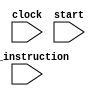
`timescale 1ns / 1ps
module CPU (clock,start,in_instruction);
    input wire clock;
    input wire start;
    input [319:0] in_instruction;

    reg [31:0]gr[31:0];
    reg [32:0]PC = 32'h0000_0000;
    reg [7:0] instruction_memory[1023:0];
    reg [7:0] data_memory[1023:0];

    reg [31:0]instruction;

    reg [5:0]opcode;
    reg [5:0]functcode;

    reg Regdst;
    reg RegWrite;
    reg ALUgate;
    reg ALUSrc;
    reg MemRead;
    reg MemWrite;
    reg MemtoReg;
    reg PC_Control=1'b1;

    reg[31:0] ALU_reg1;
    reg[31:0] ALU_reg2;
    reg[31:0] ALU_result;

    reg[31:0] address;
    reg[31:0] load_data; 

    reg [63:0] IF_ID;
    reg [129:0] ID_EX;
    reg [53:0] EX_MEM;
    reg [78:0] MEM_WB;

    reg overflow;

always @(start)
    begin
        gr[0] = 32'h0000_0000;
        instruction_memory[0]=in_instruction[319:312];
        instruction_memory[1]=in_instruction[311:304];
        instruction_memory[2]=in_instruction[303:296];
        instruction_memory[3]=in_instruction[295:288];
        instruction_memory[4]=in_instruction[287:280];
        instruction_memory[5]=in_instruction[279:272];
        instruction_memory[6]=in_instruction[271:264];
        instruction_memory[7]=in_instruction[263:256];
        instruction_memory[8]=in_instruction[255:248];
        instruction_memory[9]=in_instruction[247:240];
        instruction_memory[10]=in_instruction[239:232];
        instruction_memory[11]=in_instruction[231:224];
        instruction_memory[12]=in_instruction[223:216];
        instruction_memory[13]=in_instruction[215:208];
        instruction_memory[14]=in_instruction[207:200];
        instruction_memory[15]=in_instruction[199:192];
        instruction_memory[16]=in_instruction[191:184];
        instruction_memory[17]=in_instruction[183:176];
        instruction_memory[18]=in_instruction[175:168];
        instruction_memory[19]=in_instruction[167:160];
        instruction_memory[20]=in_instruction[159:152];
        instruction_memory[21]=in_instruction[151:144];
        instruction_memory[22]=in_instruction[143:136];
        instruction_memory[23]=in_instruction[135:128];
        instruction_memory[24]=in_instruction[127:120];
        instruction_memory[25]=in_instruction[119:112];
        instruction_memory[26]=in_instruction[111:104];
        instruction_memory[27]=in_instruction[103:96];
        instruction_memory[28]=in_instruction[95:88];
        instruction_memory[29]=in_instruction[87:80];
        instruction_memory[30]=in_instruction[79:72];
        instruction_memory[31]=in_instruction[71:64];
        instruction_memory[32]=in_instruction[63:56];
        instruction_memory[33]=in_instruction[55:48];
        instruction_memory[34]=in_instruction[47:40];
        instruction_memory[35]=in_instruction[39:32];
        instruction_memory[36]=in_instruction[31:24];
        instruction_memory[37]=in_instruction[23:16];
        instruction_memory[38]=in_instruction[15:8];
        instruction_memory[39]=in_instruction[7:0];
    end

//Instruction Fetch
always @(posedge clock)
	begin
    if (PC_Control!=1'b0)
    begin
        instruction={instruction_memory[PC],instruction_memory[PC+1],instruction_memory[PC+2],instruction_memory[PC+3]};
        if (instruction[31:26]==6'b000010)
            PC<=PC+4+instruction[25:0]*4;
        else if (instruction[31:26]==6'b000011)
        begin
            gr[31]<=PC+4;
            PC<=PC+4+instruction[25:0]*4;
        end
        else if (instruction[31:26]==6'b000000 && instruction[5:0]==6'b001000)
            PC<=PC+4+gr[instruction[25:21]]*4;
        else if (instruction[31:26]==6'b000100)
        begin
            if (instruction[25:21]==instruction[20:16])
                PC<=PC+4+instruction[15:0]*4;
        end
        else if (instruction[31:26]==6'b000101)
        begin
            if (instruction[25:21]!=instruction[20:16])
                PC<=PC+4+instruction[15:0]*4;
        end
        else PC<=PC+4;
        IF_ID[31:0]<=instruction;
        IF_ID[63:32]<=PC;
    end
    else
    begin
    instruction={instruction_memory[PC-8],instruction_memory[PC-7],instruction_memory[PC-6],instruction_memory[PC-5]};
    PC<=PC-4;
    IF_ID[31:0]<=instruction;
    IF_ID[63:32]<=PC;
    end
    end

//Instruction Decoding
always @(posedge clock)
	begin
    //Strech opcode and functcode
    opcode=IF_ID[31:26];
    functcode=IF_ID[5:0];
    //store register data to ID_EX
    ID_EX[95:64]<=gr[IF_ID[25:21]];
    ID_EX[63:32]<=gr[IF_ID[20:16]];
    if (opcode==6'b100011 || opcode==6'b101011 || opcode==6'b001000 ||opcode==6'b001001)
        ID_EX[31:0]<={{16{IF_ID[15]}},IF_ID[15:0]};
    else
        ID_EX[31:0]<={16'b0,IF_ID[15:0]};
    // Hazard Detect and stall
    if (MemRead==1'b1 && (ID_EX[124:120]==IF_ID[25:21] || ID_EX[124:120]==IF_ID[20:16]))
    begin
        Regdst=1'b0;
        RegWrite=1'b0;
        ALUgate=1'b0;
        ALUSrc=1'b0;
        MemRead=1'b0;
        MemWrite=1'b0;
        MemtoReg=1'b0;
        PC_Control<=1'b0;
    end
    //Design control signal
    //Regdst
    else
    begin
        if (opcode==6'b000000)
            Regdst=1'b1;
        else if (opcode==6'b001000 || opcode==6'b001001 || opcode==6'b001100 || opcode==6'b001101 || opcode==6'b100011)
            Regdst=1'b0;
        //RegWrite
        if (opcode==6'b000000 || opcode==6'b001000 || opcode==6'b001001 || opcode==6'b001100 || opcode==6'b001101 || opcode==6'b100011)
            RegWrite=1'b1;
        else
            RegWrite=1'b0;
        if (opcode==6'b000000 && functcode==6'b001000)
            RegWrite=1'b0;
        //ALUgate
        if (opcode==6'b000000 || opcode==6'b001000 || opcode==6'b001001 || opcode==6'b001100 || opcode==6'b001101 || opcode==6'b100011 || opcode==6'b101011)
            ALUgate=1'b1;
        else
            ALUgate=1'b0;
        if (opcode==6'b000000 && functcode==6'b001000)
            ALUgate=1'b0;
        //ALUSrc
        if (opcode==6'b001000 || opcode==6'b001001 || opcode==6'b001100 || opcode==6'b001101 || opcode==6'b100011 || opcode==6'b101011)
            ALUSrc=1'b1;
        else if (opcode==6'b000000)
            ALUSrc=1'b0;
        //MemRead
        if (opcode==6'b100011)
            MemRead=1'b1;
        else
            MemRead=1'b0;
        //MemWrite
        if (opcode==6'b101011)
            MemWrite=1'b1;
        else
            MemWrite=1'b0;
        //MemtoReg
        if (opcode==6'b100011)
            MemtoReg=1'b1;
        else
            MemtoReg=1'b0;
        PC_Control<=1'b1;
    end
    //store opcode and functcode to ID_EX
    ID_EX[107:102]<=opcode;
    ID_EX[101:96]<=functcode;
    //store control signals to ID_EX
    ID_EX[114]<=Regdst;
    ID_EX[113]<=RegWrite;
    ID_EX[112]<=ALUgate;
    ID_EX[111]<=ALUSrc;
    ID_EX[110]<=MemRead;
    ID_EX[109]<=MemWrite;
    ID_EX[108]<=MemtoReg;
    //store rs, rt and rd address to ID_EX;
    ID_EX[129:125]<=IF_ID[25:21];
    ID_EX[124:120]<=IF_ID[20:16];
    ID_EX[119:115]<=IF_ID[15:11];
    end

//Excution
always @(posedge clock)
    begin
    overflow=1'b0;
    //get data from ID_EX
    if (ID_EX[112]==1'b1 && ID_EX[111]==1'b1)
    begin
        ALU_reg1=gr[ID_EX[129:125]];
        ALU_reg2=ID_EX[31:0];
    end
    else if (ID_EX[112]==1'b1 && ID_EX[111]==1'b0)
    begin
        ALU_reg1=gr[ID_EX[129:125]];
        ALU_reg2=gr[ID_EX[124:120]];
    end
    //bypassing
    //EX_MEM rd = ID_EX rs
    if (EX_MEM[41:37]==ID_EX[129:125] && ID_EX[112]==1'b1 && EX_MEM[52]==1'b0)
        ALU_reg1=EX_MEM[31:0];
    //EX_MEM rd = ID_EX rt
    if (EX_MEM[41:37]==ID_EX[124:120] && ID_EX[112]==1'b1 && ID_EX[111]==1'b0 && EX_MEM[52]==1'b0)
        ALU_reg2=EX_MEM[31:0];
    //MEM_WB rd = ID_EX rs
    if (MEM_WB[71:67]==ID_EX[129:125] && ID_EX[112]==1'b1 && MEM_WB[77]==1'b0)
        ALU_reg1=MEM_WB[31:0];
    //MEM_WB rd = ID_EX rt
    if (MEM_WB[71:67]==ID_EX[124:120] && ID_EX[112]==1'b1 && ID_EX[111]==1'b0 && MEM_WB[77]==1'b0)
        ALU_reg2=MEM_WB[31:0];
    //EX_MEM rt = ID_EX rs
    if (EX_MEM[46:42]==ID_EX[129:125] && ID_EX[112]==1'b1 && EX_MEM[52]==1'b1)
        ALU_reg1=EX_MEM[31:0];
    //EX_MEM rt = ID_EX rt
    if (EX_MEM[46:42]==ID_EX[124:120] && ID_EX[112]==1'b1 && ID_EX[111]==1'b0 && EX_MEM[52]==1'b1)
        ALU_reg2=EX_MEM[31:0];
    //MEM_WB rt = ID_EX rs (ALU)
    if (MEM_WB[76:72]==ID_EX[129:125] && ID_EX[112]==1'b1 && MEM_WB[77]==1'b1 && MEM_WB[64]==1'b0)
        ALU_reg1=MEM_WB[31:0];
    //MEM_WB rt = ID_EX rt (ALU)
    if (MEM_WB[76:72]==ID_EX[124:120] && ID_EX[112]==1'b1 && ID_EX[111]==1'b0 && MEM_WB[77]==1'b1 && MEM_WB[64]==1'b0)
        ALU_reg2=MEM_WB[31:0];
    //MEM_WB rt = ID_EX rs (Memory)
    if (MEM_WB[76:72]==ID_EX[129:125] && ID_EX[112]==1'b1 && MEM_WB[77]==1'b1 && MEM_WB[64]==1'b1)
        ALU_reg1=MEM_WB[63:32];
    //MEM_WB rt = ID_EX rt (ALU)
    if (MEM_WB[76:72]==ID_EX[124:120] && ID_EX[112]==1'b1 && ID_EX[111]==1'b0 && MEM_WB[77]==1'b1 && MEM_WB[64]==1'b1)
        ALU_reg2=MEM_WB[63:32];
    //excute calculation
    //lw, sw
    if (ID_EX[107:102]==6'b100011 || ID_EX[107:102]==6'b101011)
        ALU_result=ALU_reg1+ALU_reg2;
    //addi
    else if (ID_EX[107:102]==6'b001000)
    begin
        ALU_result=$signed(ALU_reg1)+$signed(ALU_reg2);
        if ((ALU_reg1[31]==ALU_reg2[31]) && (ALU_reg1[31]!=ALU_result[31]))
            overflow=1'b1;
        else overflow=1'b0;
    end
    //addiu
    else if (ID_EX[107:102]==6'b001001)
        ALU_result=$unsigned(ALU_reg1)+$unsigned(ALU_reg2);
    //andi
    else if (ID_EX[107:102]==6'b001100)
        ALU_result=ALU_reg1 & ALU_reg2;
    //ori
    else if (ID_EX[107:102]==6'b001101)
        ALU_result=ALU_reg1 | ALU_reg2;
    //Rype
    else if (ID_EX[107:102]==6'b000000)
    begin
        //add
        if (ID_EX[101:96]==6'b100000)
        begin
            ALU_result=$signed(ALU_reg1)+$signed(ALU_reg2);
            if ((ALU_reg1[31]==ALU_reg2[31]) && (ALU_reg1[31]!=ALU_result[31]))
                overflow=1'b1;
            else overflow=1'b0;
        end
        //addu
        else if (ID_EX[101:96]==6'b100001)
            ALU_result=$unsigned(ALU_reg1)+$unsigned(ALU_reg2);
        //sub
        else if (ID_EX[101:96]==6'b100010)
        begin
            ALU_result=$signed(ALU_reg1)-$signed(ALU_reg2);
            if ((ALU_reg1[31]==ALU_reg2[31]) && (ALU_reg1[31]!=ALU_result[31]))
                overflow=1'b1;
            else overflow=1'b0;
        end
        //subu
        else if (ID_EX[101:96]==6'b100011)
            ALU_result=$unsigned(ALU_reg1)-$unsigned(ALU_reg2);
        //and
        else if (ID_EX[101:96]==6'b100100)
            ALU_result=ALU_reg1 & ALU_reg2;
        //or
        else if (ID_EX[101:96]==6'b100101)
            ALU_result=ALU_reg1 | ALU_reg2;
        //xor
        else if (ID_EX[101:96]==6'b100110)
            ALU_result=ALU_reg1 ^ ALU_reg2;
        //nor
        else if (ID_EX[101:96]==6'b100111)
            ALU_result=~(ALU_reg1 | ALU_reg2);
        //slt
        else if (ID_EX[101:96]==6'b101010)
        begin
            if ($signed(ALU_reg1)<$signed(ALU_reg2))
                ALU_result=32'b1;
            else ALU_result=32'b0;
        end
    end
    //store ALU_result to EX_MEM
    EX_MEM[31:0]<=ALU_result;
    //store control signals to EX_MEM
    EX_MEM[36]<=ID_EX[114];
    EX_MEM[35]<=ID_EX[113];
    EX_MEM[34]<=ID_EX[110];
    EX_MEM[33]<=ID_EX[109];
    EX_MEM[32]<=ID_EX[108];
    EX_MEM[53]<=ID_EX[112];
    EX_MEM[52]<=ID_EX[111];
    //store rs,rt and rd address to EX_MEM
    EX_MEM[51:47]<=ID_EX[129:125];
    EX_MEM[46:42]<=ID_EX[124:120];
    EX_MEM[41:37]<=ID_EX[119:115];
    end

//Memory
always @(posedge clock)
    begin
    //get address
    if (EX_MEM[34]==1'b1 || EX_MEM[33]==1'b1)
        address=EX_MEM[31:0];
    //Memory Read
    if (EX_MEM[34]==1'b1)
        load_data={data_memory[address],data_memory[address+1],data_memory[address+2],data_memory[address+3]};
    //Memory Save
    if (EX_MEM[33]==1'b1)
    begin
        data_memory[address]<=gr[EX_MEM[46:42]][31:24];
        data_memory[address+1]<=gr[EX_MEM[46:42]][23:16];
        data_memory[address+2]<=gr[EX_MEM[46:42]][15:8];
        data_memory[address+3]<=gr[EX_MEM[46:42]][7:0];
    end
    //store memory read data to MEM_WB
    MEM_WB[63:32]<=load_data;
    //store ALU_result to MEM_WB
    MEM_WB[31:0]<=EX_MEM[31:0];
    //store control signals to MEM_WB
    MEM_WB[66]<=EX_MEM[36];
    MEM_WB[65]<=EX_MEM[35];
    MEM_WB[64]<=EX_MEM[32];
    MEM_WB[78]<=EX_MEM[53];
    MEM_WB[77]<=EX_MEM[52];
    //store rt and rd address to MEM_WB
    MEM_WB[76:72]<=EX_MEM[46:42];
    MEM_WB[71:67]<=EX_MEM[41:37];
    end

//Write Back
always @(posedge clock)
    begin
    //Memory to rd
    if (MEM_WB[66]==1'b1 && MEM_WB[65]==1'b1 && MEM_WB[64]==1'b1)
        gr[MEM_WB[71:67]]<=MEM_WB[63:32];
    //Memory to rt
    else if (MEM_WB[66]==1'b0 && MEM_WB[65]==1'b1 && MEM_WB[64]==1'b1)
        gr[MEM_WB[76:72]]<=MEM_WB[63:32];
    //ALU_result to rd
    else if (MEM_WB[66]==1'b1 && MEM_WB[65]==1'b1 && MEM_WB[64]==1'b0)
        gr[MEM_WB[71:67]]<=MEM_WB[31:0];
    //ALU_result to rt
    else if (MEM_WB[66]==1'b0 && MEM_WB[65]==1'b1 && MEM_WB[64]==1'b0)
        gr[MEM_WB[76:72]]<=MEM_WB[31:0];
    end
endmodule